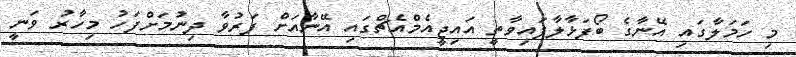
މި ހަމަލާގައި އޭނާގެ ބޯފަޅާލާފައިވާތީ އައިޖީއެމްއެޗްގައި އޭނާއަށް ފަރުވާ ދިނުމަށްފަހު މިހާރު ވަނީ